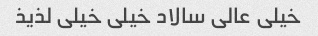
خیلی عالی سالاد خیلی خیلی لذیذ